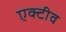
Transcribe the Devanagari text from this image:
एक्टीव